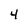
Character: 4